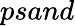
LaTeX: psand